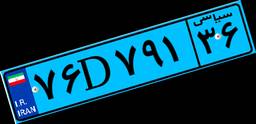
۷۶D۷۹۱۳۶